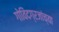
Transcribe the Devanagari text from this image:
गोविंदग्रजांच्या